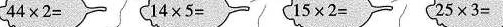
$$4 4 \times 2 =$$ $$1 4 \times 5 =$$ $$1 5 \times 2 =$$ $$2 5 \times 3 =$$